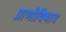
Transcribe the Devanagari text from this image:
प्राणीविभाग